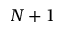
N + 1